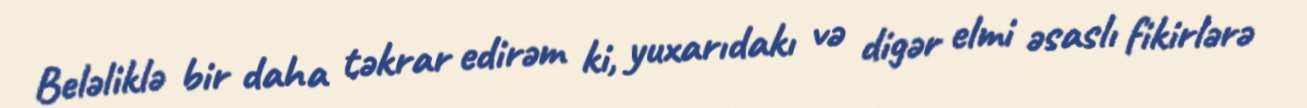
Beləliklə bir daha təkrar edirəm ki, yuxarıdakı və digər elmi əsaslı fikirlərə